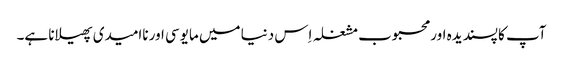
آپ کا پسندیدہ اور محبوب مشغلہ اِس دنیا میں مایوسی اور ناامیدی پھیلانا ہے۔